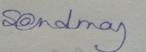
Signature authenticity: genuine